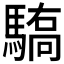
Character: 𱄫